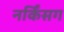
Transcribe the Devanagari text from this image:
नर्किंसग